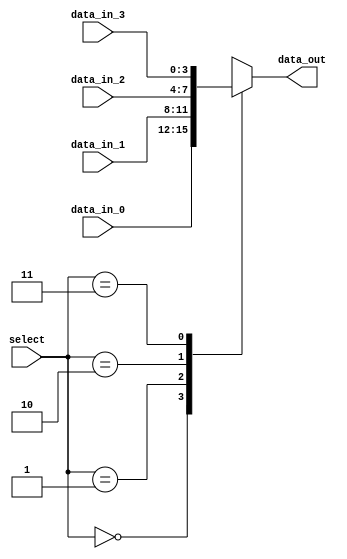
module mux_4to1 (
    input [3:0] data_in_0,
    input [3:0] data_in_1,
    input [3:0] data_in_2,
    input [3:0] data_in_3,
    input [1:0] select,
    output reg [3:0] data_out
);

always @*
begin
    case (select)
        2'b00: data_out = data_in_0;
        2'b01: data_out = data_in_1;
        2'b10: data_out = data_in_2;
        2'b11: data_out = data_in_3;
    endcase
end

endmodule